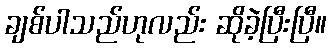
ချစ်ပါသည်ဟုလည်း ဆိုခဲ့ပြီးပြီ။